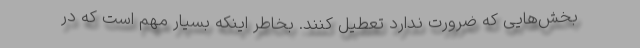
بخش‌هایی که ضرورت ندارد تعطیل کنند. بخاطر اینکه بسیار مهم است که در